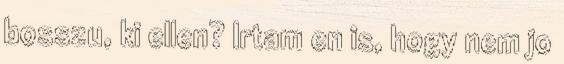
bosszu, ki ellen? Irtam en is, hogy nem jo